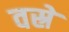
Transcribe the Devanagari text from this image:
वस्रे